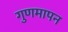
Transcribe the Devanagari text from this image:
गुणमापन